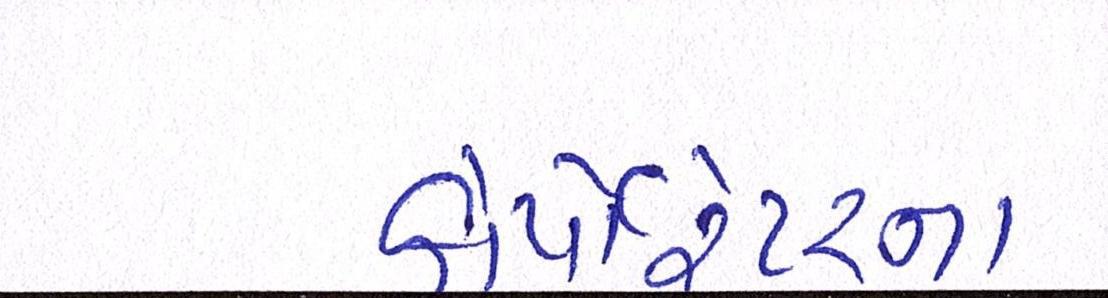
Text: કોર્પેારેટરના